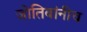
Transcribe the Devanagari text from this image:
जोतिबांनीच